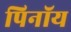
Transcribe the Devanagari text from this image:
पिनॉय